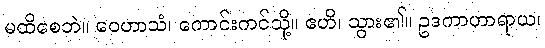
မထိစေဘဲ။ ဝေဟာသံ၊ ကောင်းကင်သို့။ ဧဟိ၊ သွား၏။ ဥဒကာဟာရာယ၊